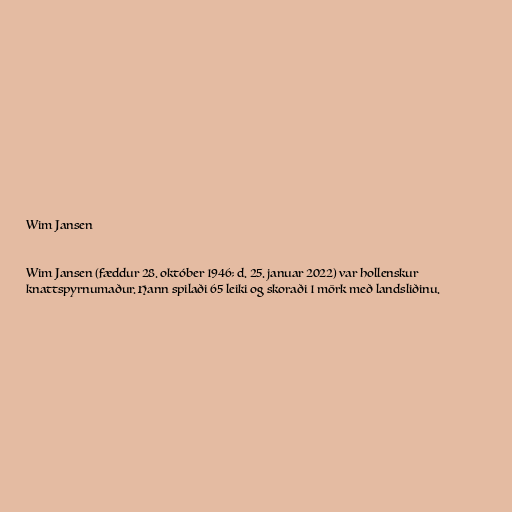
Wim Jansen

Wim Jansen (fæddur 28. október 1946; d. 25. januar 2022) var hollenskur
knattspyrnumaður. Hann spilaði 65 leiki og skoraði 1 mörk með landsliðinu.